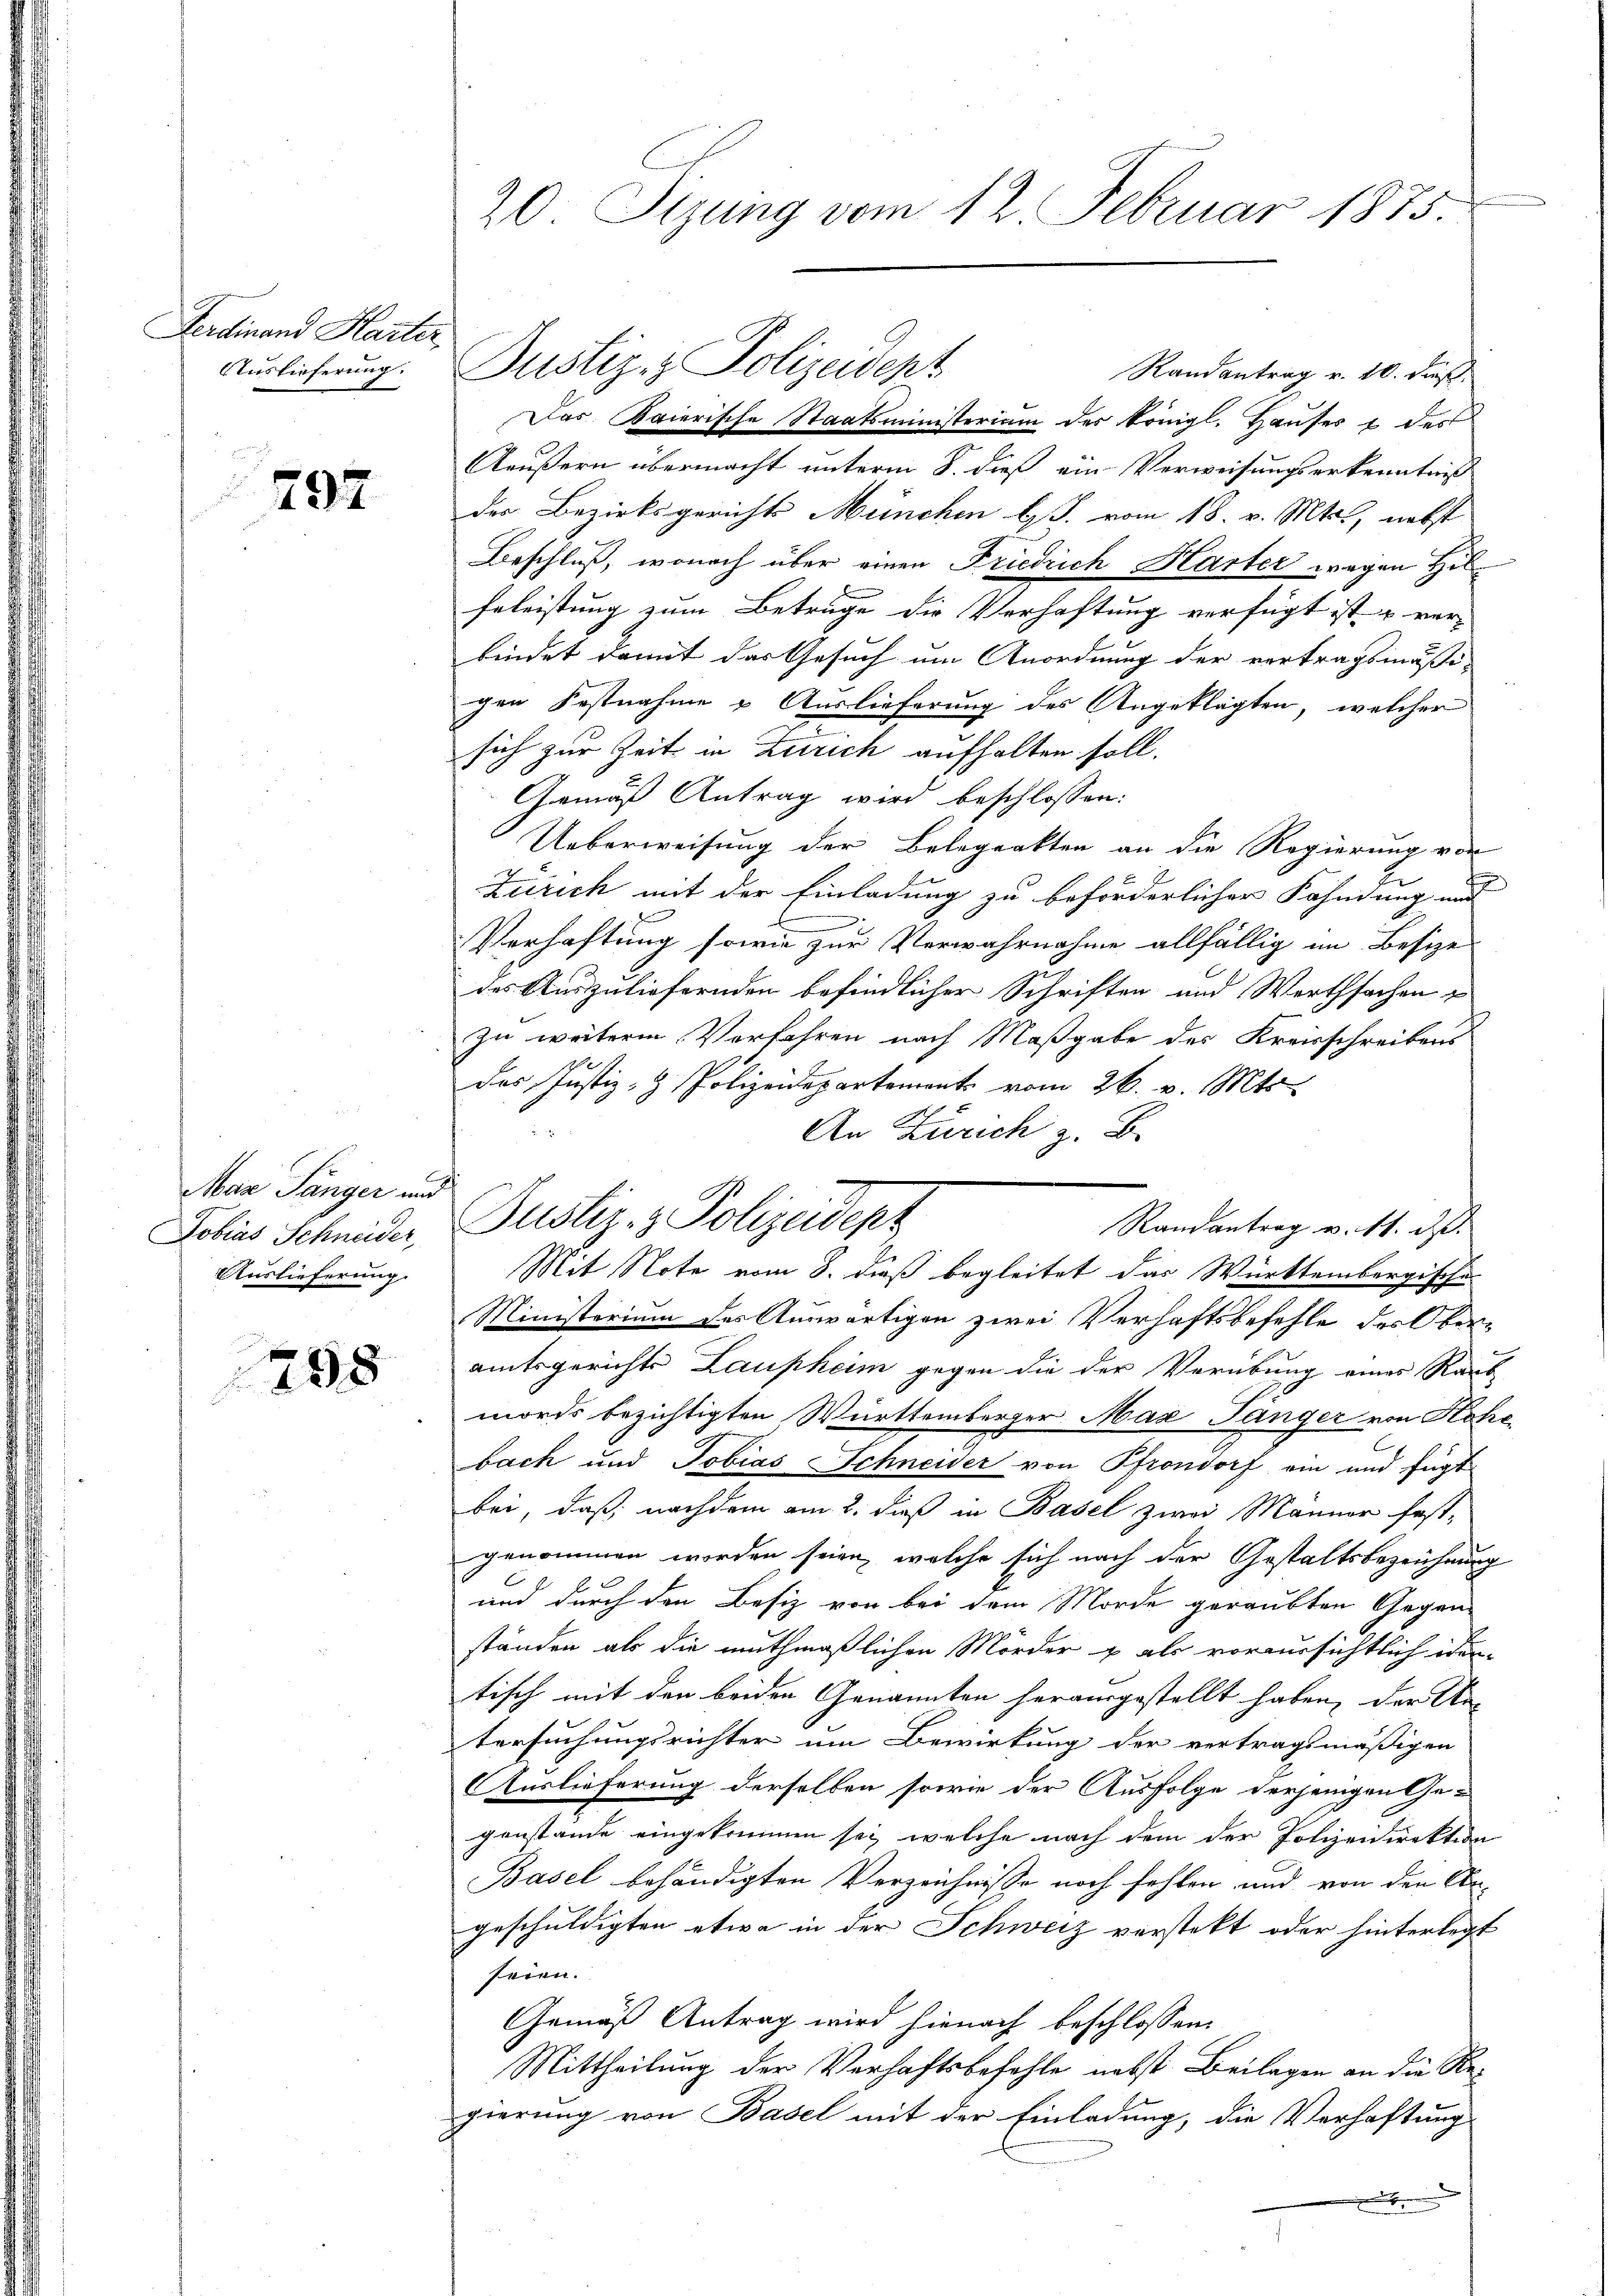
Ferdinand Harter
Auslieferung.

797

Mar Sänger und
Dobias Schneider,
Auslieferung.

798

Randantrag v. 10. dieß.
Das Baierische Staatsministerium der königl. Hauses & des
Aeußern übermacht unterm 8. dieß von Verweisungserkenntniß
der Bezirksgerichts München bes. vom 18. v. Mts., nebst
Beschluß, wonach über einen Friedrich Harter wegen Hil¬
Erleistung zum Betrüge die Verhaftung verfügt ist u. ver-
bindet damit das Gesuch um Anordnung der vertragsmäßi-
gen Festnahme & Auslieferung des Angeklagten, welcher
sich zur Zeit in Zürich aufhalten soll.
Gemäß Antrag wird beschlossen:
Ueberweisung der Belegrakten an die Regierung vor
Zürich mit der Einladung zu beförderlicher Fahndung und
munge
Verhaftung sowie zur Verwahrnahme allfällig im Besize
des Auszuliefernden befindlicher Schriften und Werthsachen
zu weiterm Verfahren nach Maßgabe des Kreisschreibens
des Justiz- & Polizeidepartemonts vom 26. v. Mts.
An Zürich z. B.
Randantrag v. 11. d.
Mit Note vom 8. dieß begleitet das Württembergische
Ministerium des Auswärtigen zwei Verhaftsbefehle des Ober-
amtsgerichte Laupheim gegen die der Verübung eines Raub
mords bezichtigten Württemberger Max Pänger von Hohe
bach und Tobias Schneider von Pfrondorf ein und fügt
bei, daß nachdem am 2. dieß in Basel zwei Männer fest-
genommen worden seien, welche sich nach der Gestaltsbezeichnung
und durch den Besiz von bei dem Morde geraubten Gegen
ständen als die muthmaßlichen Mörder u als voraussichtlich iden-
tisch mit den beiden Genannten herausgestellt haben, der Un-
tersuchungsrichter um Bewirkung der vertragsmäßigen
AAuslieferung derselben sowie der Ausfolge derjenigen Ge-
genstände eingekommen sei, welche nach dem der Polizeidirektion
Basel behändigten Verzeichnisse noch fehlen und von den Argeschuldigten etwa in der Schweiz verstekt oder hinterlegt
seien.
Gemäß Antrag wird hienach beschlossen:
Mittheilung der Verhaftsbefehle nebst Beilagen an die Regierung von Basel mit der Einladung, die Verhaftung
.

20 Sizung vom 12 Februar 1875.

Justiz & Polizeident

Justiz- & Polizeident